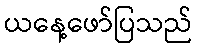
ယနေ့ဖော်ပြသည်